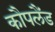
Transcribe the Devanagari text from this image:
कौपलैंड